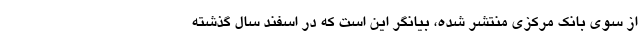
از سوی بانک مرکزی منتشر شده، بیانگر این است که در اسفند سال گذشته